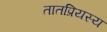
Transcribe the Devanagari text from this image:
तातप्रियस्य